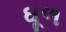
ઘૂળ